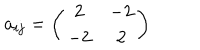
a _ { i j } = \left( \begin{array} { c c } { { 2 } } & { { - 2 } } \\ { { - 2 } } & { { 2 } } \\ \end{array} \right)